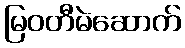
မြဝတီမဲဆောက်